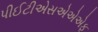
પીઈટીએસએએએફ